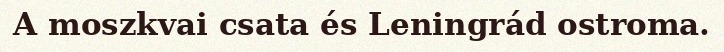
A moszkvai csata és Leningrád ostroma.